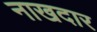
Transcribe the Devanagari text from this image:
नाखदार